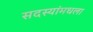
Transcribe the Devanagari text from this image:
सदस्यांमधला